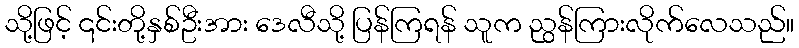
သို့ဖြင့် ၎င်းတို့နှစ်ဦးအား ဒေလီသို့ ပြန်ကြရန် သူက ညွန်ကြားလိုက်လေသည်။